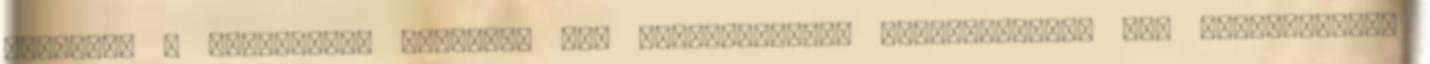
jellemző a mediterrán világra, így természetesen Olaszországra is. Egyértelműen